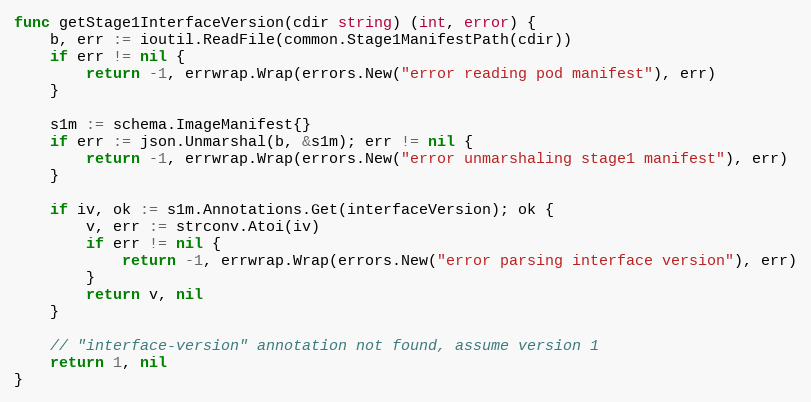
Language: Go
func getStage1InterfaceVersion(cdir string) (int, error) {
	b, err := ioutil.ReadFile(common.Stage1ManifestPath(cdir))
	if err != nil {
		return -1, errwrap.Wrap(errors.New("error reading pod manifest"), err)
	}

	s1m := schema.ImageManifest{}
	if err := json.Unmarshal(b, &s1m); err != nil {
		return -1, errwrap.Wrap(errors.New("error unmarshaling stage1 manifest"), err)
	}

	if iv, ok := s1m.Annotations.Get(interfaceVersion); ok {
		v, err := strconv.Atoi(iv)
		if err != nil {
			return -1, errwrap.Wrap(errors.New("error parsing interface version"), err)
		}
		return v, nil
	}

	// "interface-version" annotation not found, assume version 1
	return 1, nil
}